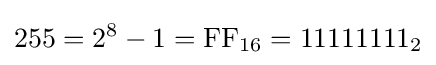
255=2^{8}-1={\mbox{FF}}_{16}=11111111_{2}